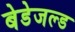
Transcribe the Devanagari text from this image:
बेडेजल्ड